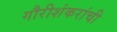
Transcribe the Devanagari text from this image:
गौरीशंकरांची